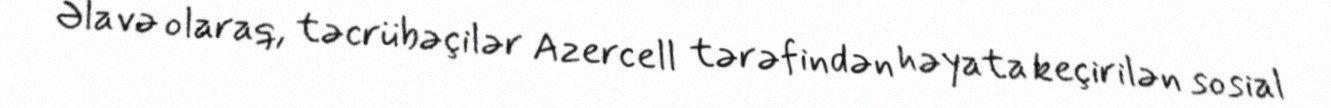
Əlavə olaraq, təcrübəçilər Azercell tərəfindən həyata keçirilən sosial